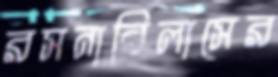
রসনাবিলাসের